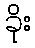
ခိုး